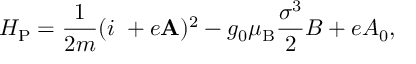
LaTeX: H _ { \mathrm { P } } = \frac { 1 } { 2 m } ( i { \bf \nabla } + e { \bf A } ) ^ { 2 } - g _ { 0 } \mu _ { \mathrm { B } } \frac { \sigma ^ { 3 } } { 2 } B + e A _ { 0 } ,